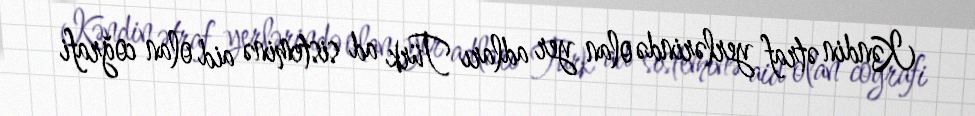
Kəndin ətraf yerlərində olan yer adları Türk ad sisteminə aid olan coğrafi